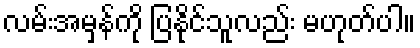
လမ်းအမှန်ကို ပြနိုင်သူလည်း မဟုတ်ပါ။